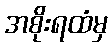
အစိုးရထံမှ